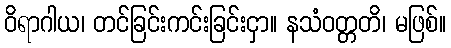
ဝိရာဂါယ၊ တင်ခြင်းကင်းခြင်းငှာ။ နသံဝတ္တတိ၊ မဖြစ်။